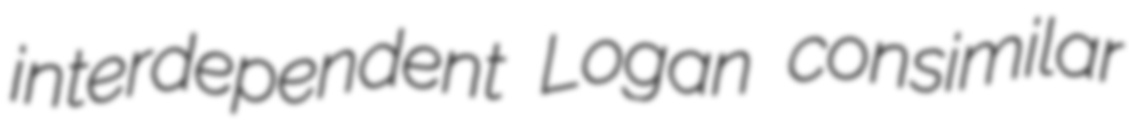
interdependent Logan consimilar